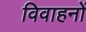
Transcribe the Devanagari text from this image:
विवाहनों